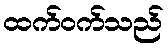
ထက်ဝက်သည်